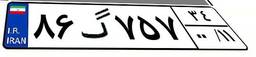
۴۹گ۶۷۶۸۳